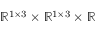
\mathbb { R } ^ { 1 \times 3 } \times \mathbb { R } ^ { 1 \times 3 } \times \mathbb { R }